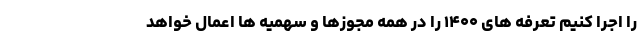
را اجرا کنیم تعرفه های ۱۴۰۰ را در همه مجوزها و سهمیه ها اعمال خواهد